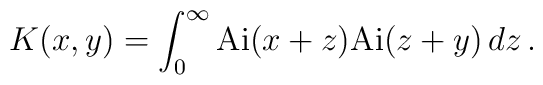
K(x,y)=\int_0^\infty {\rm Ai}(x+z) {\rm Ai}(z+y) \, dz \, .